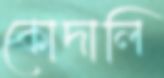
কোদালি